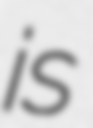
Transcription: is